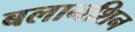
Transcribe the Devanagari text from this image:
बलानशिन